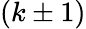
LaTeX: (k\pm 1)